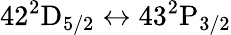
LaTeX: \mathrm{42^{2}D_{5/2}}\leftrightarrow\mathrm{43^{2}P_{3/2}}